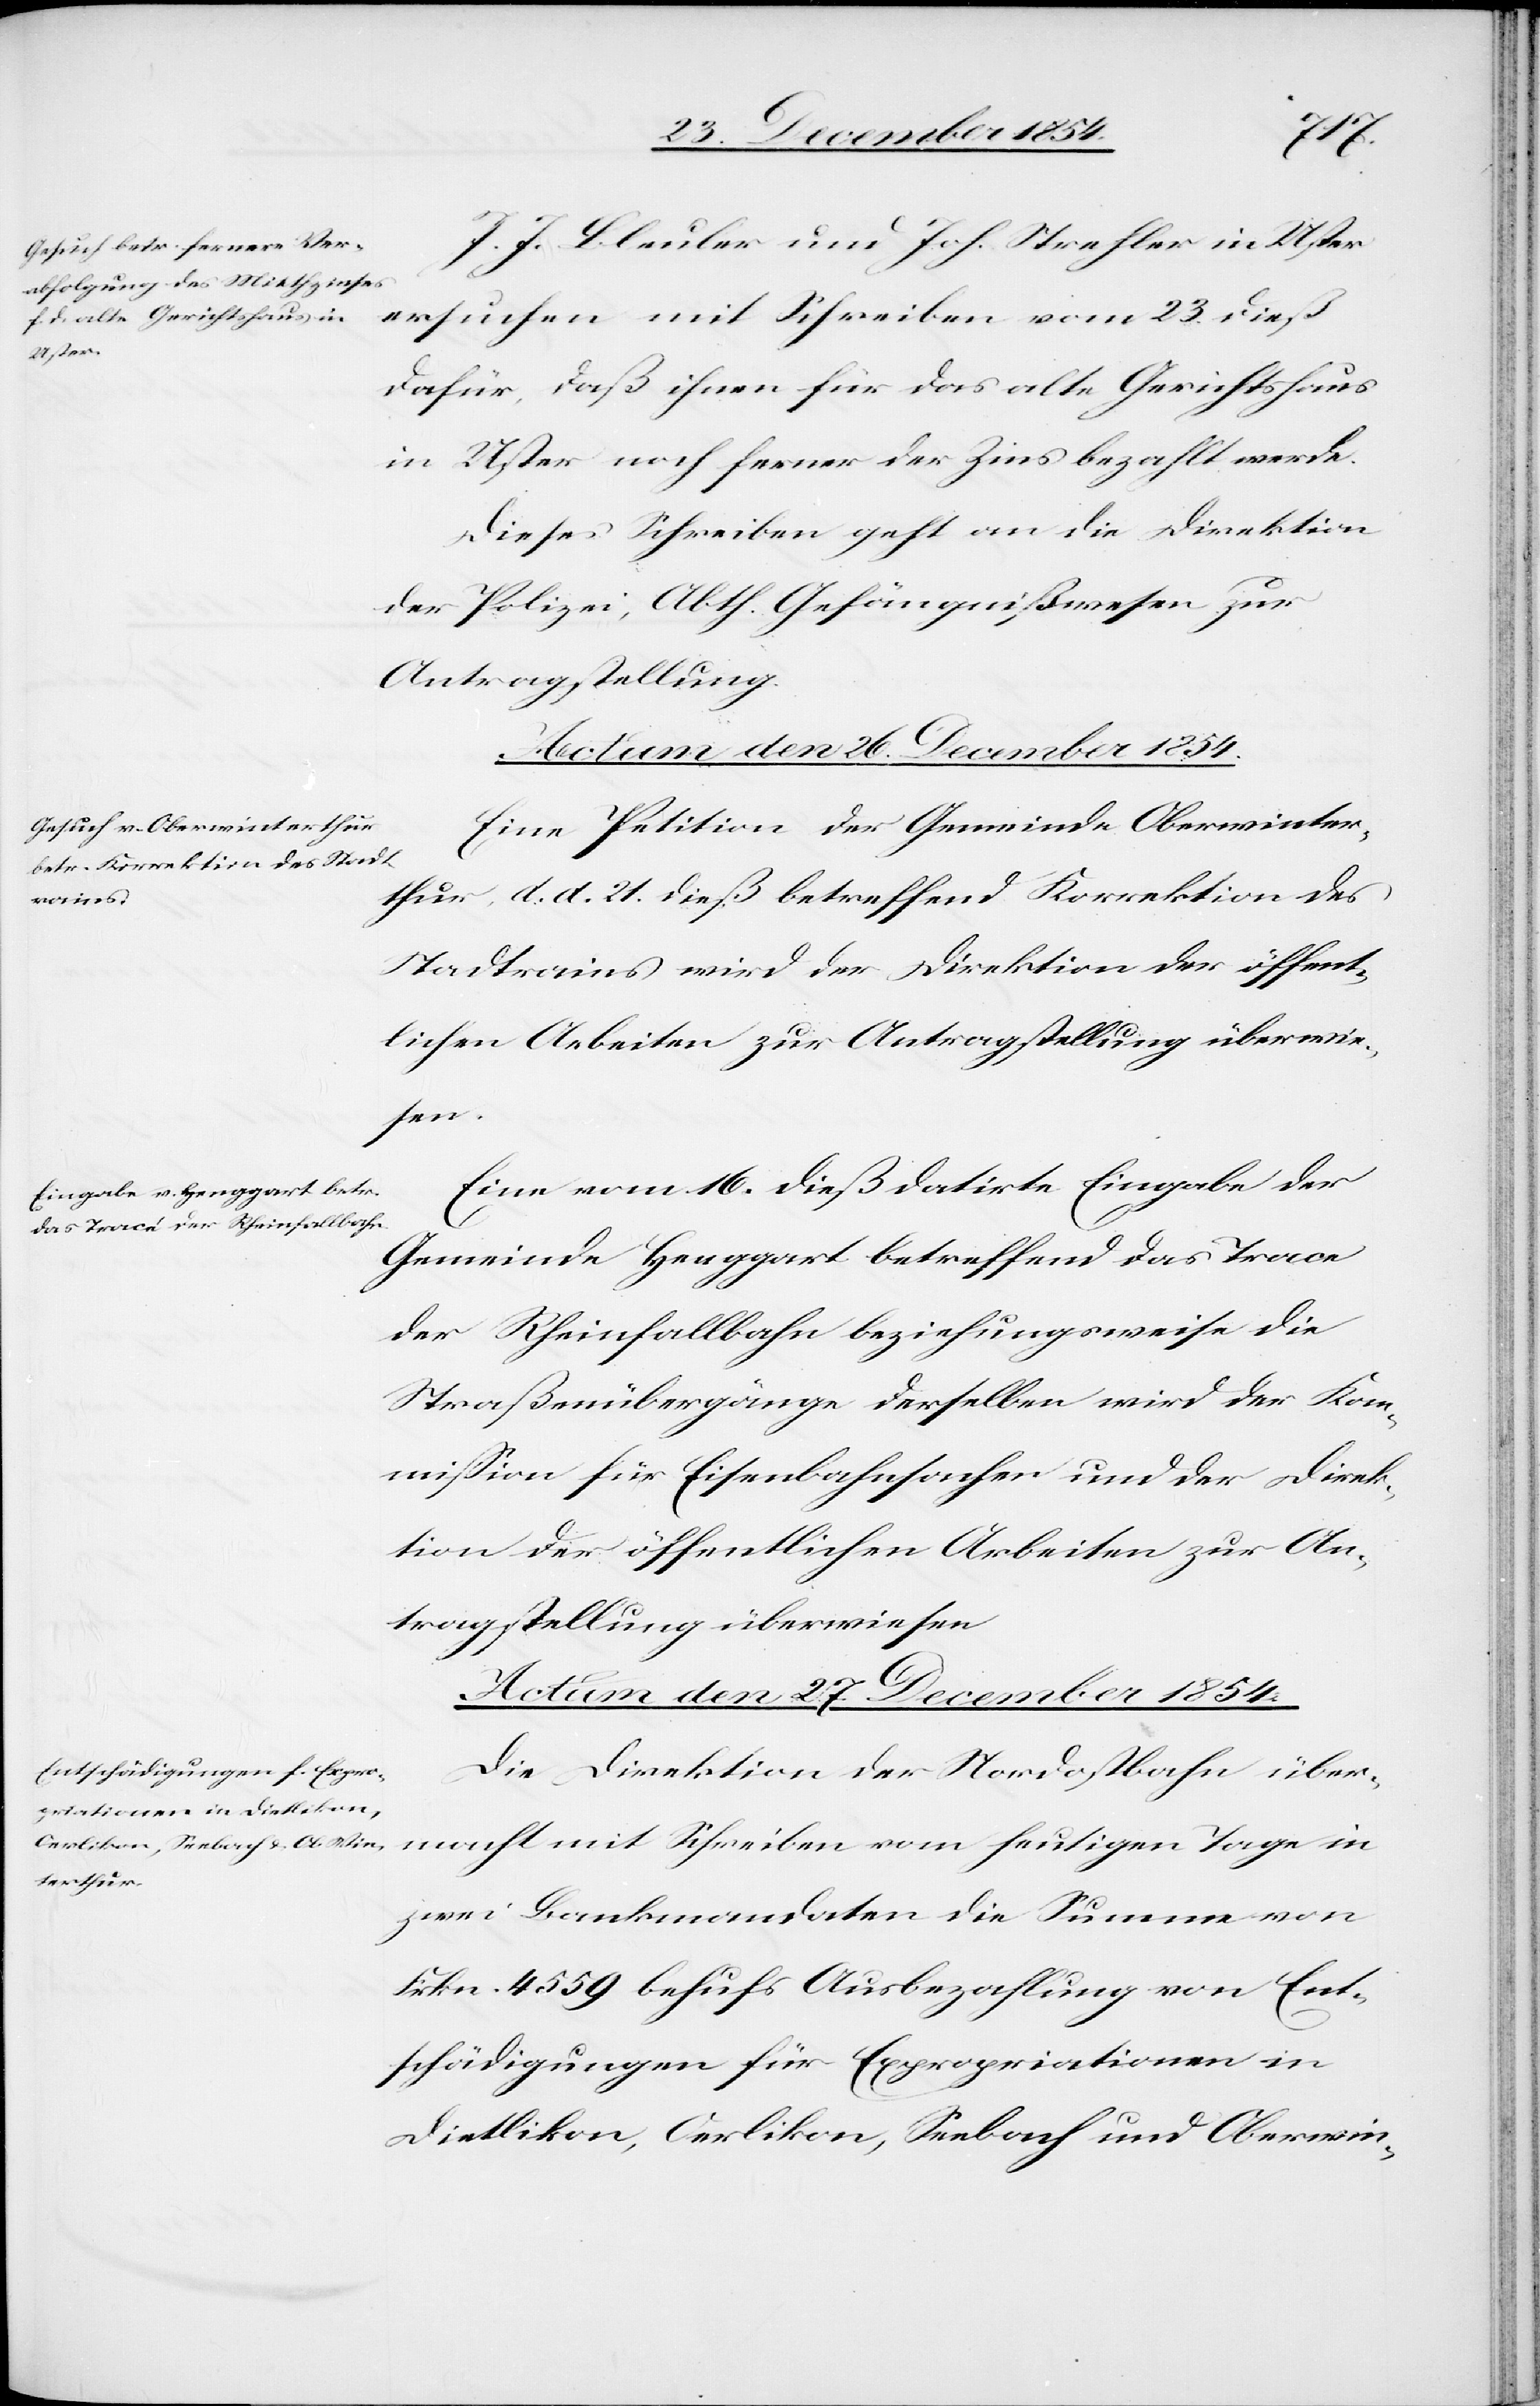
J. J. Bleuler und Joh. Strehler in Uster
ersuchten mit Schreiben vom 23. dieß
dafür, daß ihnen für das alte Gerichtshaus
in Uster noch ferner der Zins bezahlt werde.
Dieses Schreiben geht an die Direktion
der Polizei, Abth. Gefängnißwesen zur
Antragstellung.
Actum den 26. December 1854.]
Eine Petition der Gemeinde Oberwinter¬
thur, d. d. 21. dieß betreffend Korrektion des
Stadtrains wird der Direktion der öffent¬
lichen Arbeiten zur Antragstellung überwie¬
sen.
Eine vom 16. dieß datirte Eingabe der
Gemeinde Henggart betreffend das Tracé
der Rheinfallbahn beziehungsweise die
Straßenübergänge derselben wird der Kom¬
mißion für Eisenbahnsachen und der Direk¬
tion der öffentlichen Arbeiten zur An¬
tragstellung überwiesen.
Actum den 27. December 1854.
Die Direktion der Nordostbahn über¬
macht mit Schreiben vom heutigen Tage in
zwei Bankmandaten die Summe von
Frkn. 4559 behufs Ausbezahlung von Ent¬
schädigungen für Expropriationen in
Dietlikon, Oerlikon, Seebach und Oberwin-